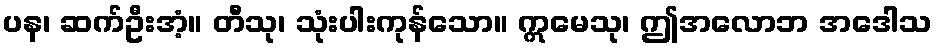
ပန၊ ဆက်ဦးအံ့။ တီသု၊ သုံးပါးကုန်သော။ ဣမေသု၊ ဤအလောဘ အဒေါသ